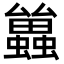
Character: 𮕑